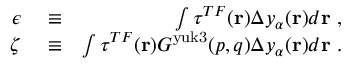
\begin{array} { r l r } { \epsilon } & { { } \equiv } & { \int \tau ^ { T F } ( \mathbf { r } ) \Delta y _ { \alpha } ( \mathbf { r } ) d \mathbf { r } \ , } \\ { \zeta } & { { } \equiv } & { \int \tau ^ { T F } ( \mathbf { r } ) G ^ { \mathrm { y u k 3 } } ( p , q ) \Delta y _ { \alpha } ( \mathbf { r } ) d \mathbf { r } \ . } \end{array}